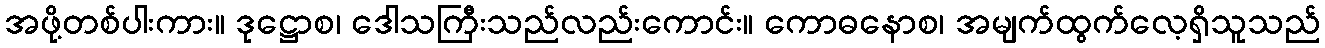
အဖို့တစ်ပါးကား။ ဒုဋ္ဌောစ၊ ဒေါသကြီးသည်လည်းကောင်း။ ကောဓနောစ၊ အမျက်ထွက်လေ့ရှိသူသည်